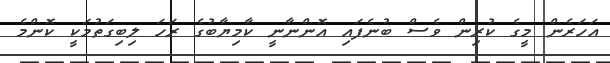
އަހަރެން މީގެ ކުރިން ވެސް ބުނެފައި އޮންނާނީ ކާމިޔާބުގެ ރަހަ ލިބިގަތުމަކީ ކޮންމެ